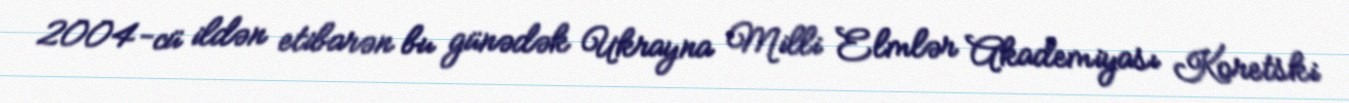
2004-cü ildən etibarən bu günədək Ukrayna Milli Elmlər Akademiyası Koretski